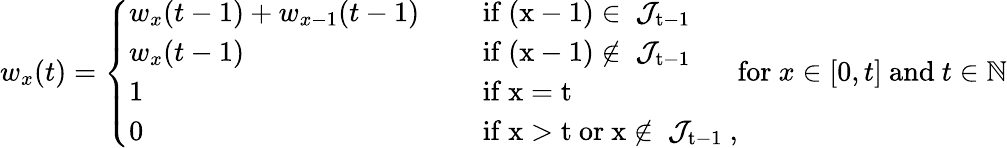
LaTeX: w_{x}(t)=\left\{ \begin{array}{ll}{w_{x}(t-1)+w_{x-1}(t-1)\quad}&{\mathrm{~if~(x-1)\in~\mathcal{J}_{t-1}~}}\\ {w_{x}(t-1)}&{\mathrm{~if~(x-1)\notin~\mathcal{J}_{t-1}~}}\\ {1}&{\mathrm{~if~x=t~}}\\ {0}&{\mathrm{~if~x>t~or~x\notin~\mathcal{J}_{t-1}~},}\end{array}\right.\mathrm{for~}x\in[0,t]\mathrm{~and~}t\in\mathbb{N}